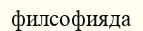
филсофияда